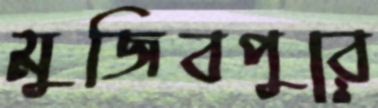
মুজিবপুরে